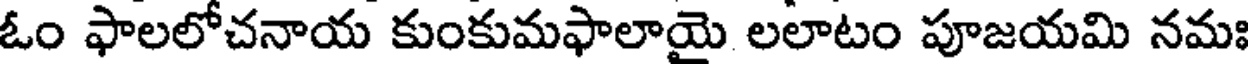
ఓం ఫాలలోచనాయ కుంకుమఫాలాయై లలాటం పూజయమి నమః